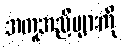
အကူအညီများကို